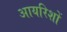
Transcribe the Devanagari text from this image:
आयरिशों